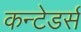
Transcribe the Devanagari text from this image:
कन्टेडर्स